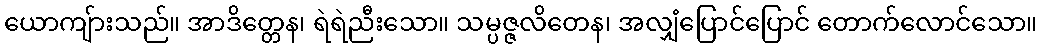
ယောကျ်ားသည်။ အာဒိတ္တေန၊ ရဲရဲညီးသော။ သမ္ပဇ္ဇလိတေန၊ အလျှံပြောင်ပြောင် တောက်လောင်သော။